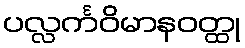
ပလ္လင်္ကဝိမာနဝတ္ထု